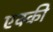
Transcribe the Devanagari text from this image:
एक्की